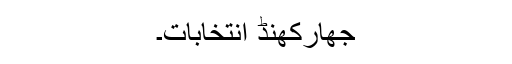
جھارکھنڈ انتخابات۔